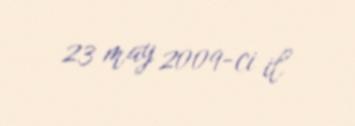
23 may 2009-ci il